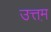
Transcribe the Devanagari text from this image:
उत्तम़